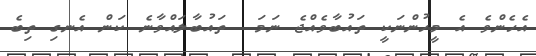
އެހެންވެ އެ މީހުންނަކީ ތައުބާވެއްޖެ ނަމަ  ތައުބާލައްވާނެ ކަން އެނގި ތިބެ